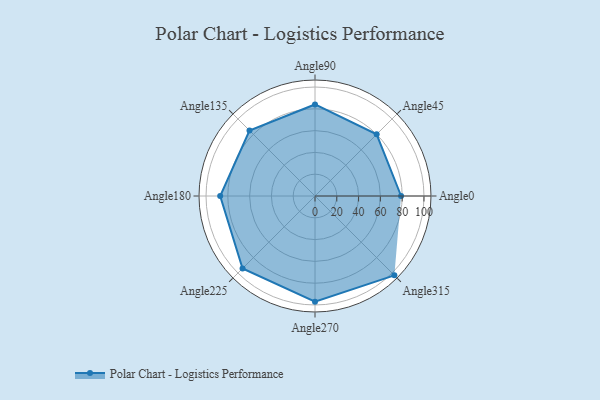
{"axis": {"x": "Angle", "y": "Radius"}, "legend": [""], "data": [{"x": "Angle0", "y": 79.0, "type": ""}, {"x": "Angle45", "y": 80.0, "type": ""}, {"x": "Angle90", "y": 84.0, "type": ""}, {"x": "Angle135", "y": 85.0, "type": ""}, {"x": "Angle180", "y": 87.0, "type": ""}, {"x": "Angle225", "y": 94.0, "type": ""}, {"x": "Angle270", "y": 97.0, "type": ""}, {"x": "Angle315", "y": 103.0, "type": ""}]}